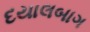
દયાલબાગ